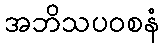
အဘိသပဝစနံ